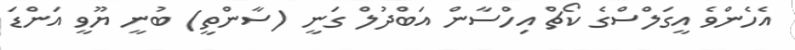
އެހެންވެ އީގަލްސްގެ ކޯޗް އިހްސާން އަބްދުލް ގަނީ (ސާންތީ) ބުނީ ޔޫވީ އަންޑަ